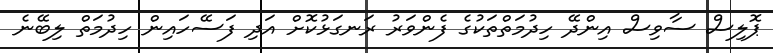
ޕޮލިސް ސާވިސް އިންދޭ ހިދުމަތްތަކުގެ ފެންވަރު ރަނގަޅުކޮށް އަދި ފަސޭހައިން ހިދުމަތް ލިބޭނެ